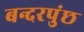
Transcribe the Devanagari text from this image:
बन्दरपुंछ